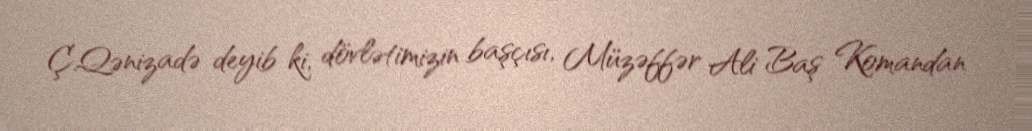
Ç.Qənizadə deyib ki, dövlətimizin başçısı, Müzəffər Ali Baş Komandan